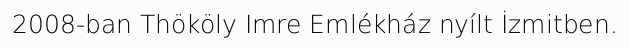
2008-ban Thököly Imre Emlékház nyílt İzmitben.